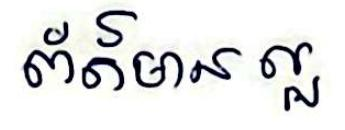
ព័ត៍មាន ល្អ